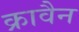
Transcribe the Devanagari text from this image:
क्रावैन